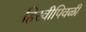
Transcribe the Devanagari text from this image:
हिरवीपिवळी